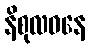
နိစုလဝနေ